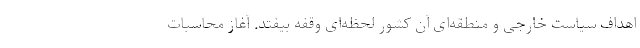
اهداف سیاست خارجی و منطقه‌ای آن کشور لحظه‌ای وقفه بیفتد. آغاز محاسبات